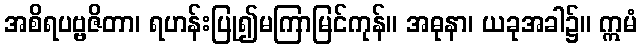
အစိရပဗ္ဗဇိတာ၊ ရဟန်းပြု၍မကြာမြင်ကုန်။ အဓုနာ၊ ယခုအခါ၌။ ဣမံ